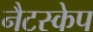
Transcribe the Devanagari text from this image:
नैटस्केप